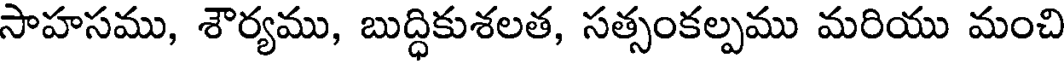
సాహసము, శౌర్యము, బుద్ధికుశలత, సత్సంకల్పము మరియు మంచి